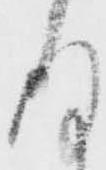
存